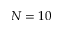
N = 1 0